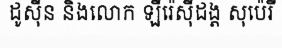
ដូស៊ីន និងលោក ឡឺរ៉េស៊ីដង្ត សុប៉េរី